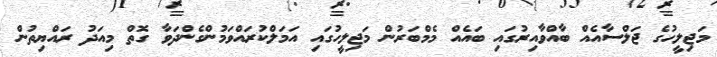
މަޖިލީހުގެ ޖަލްސާއެއް ބާއްވާއިރުގައި ބައެއް މެމްބަރުން މަޖިލީހުގައި އަމަލްކުރައްވަމުންގެންދަވާ ގޮތް މިއަދު ރައްޔިތުން